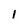
Character: 1